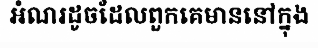
អំណរដូចដែលពួកគេមាននៅក្នុង